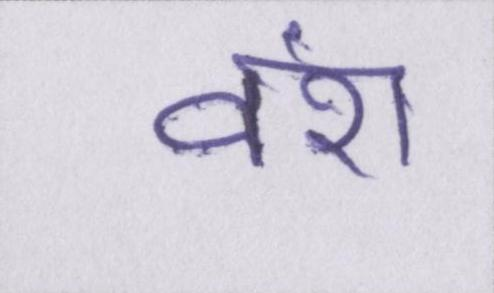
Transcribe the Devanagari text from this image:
वंश